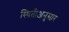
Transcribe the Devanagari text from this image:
स्थितीअनुसार